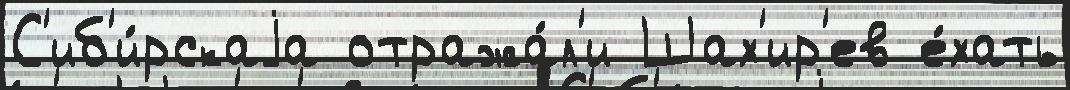
С'иб'и́рскаjа отража́л'и Шах'ир'ев е́хать